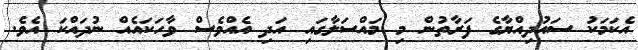
އެކަމަކު ސައުދިއްޔާގެ ފަރާތުން މި މައްސަލާގައި އަދި އެއްވެސް ވާހަކައެއް ނުދައްކަ އެވެ.